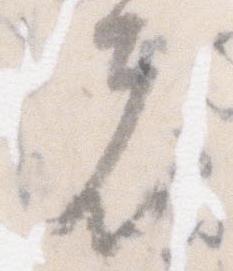
者